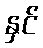
နှင်